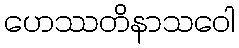
ဟေဿတိနာသဝေါ